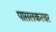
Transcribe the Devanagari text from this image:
पासलकरवर